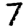
Digit: 7